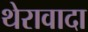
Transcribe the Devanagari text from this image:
थेरावादा